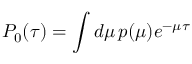
P _ { 0 } ( \tau ) = \int d \mu \, p ( \mu ) e ^ { - \mu \tau }